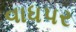
વાધપર